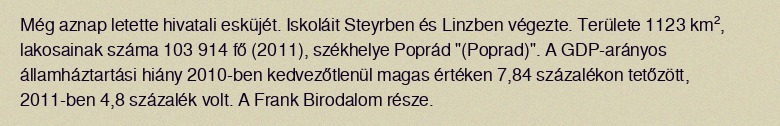
Még aznap letette hivatali esküjét. Iskoláit Steyrben és Linzben végezte. Területe 1123 km², lakosainak száma 103 914 fő (2011), székhelye Poprád "(Poprad)". A GDP-arányos államháztartási hiány 2010-ben kedvezőtlenül magas értéken 7,84 százalékon tetőzött, 2011-ben 4,8 százalék volt. A Frank Birodalom része.